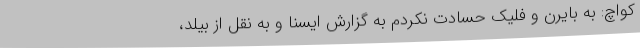
کواچ: به بایرن و فلیک حسادت نکردم به گزارش ایسنا و به نقل از بیلد،